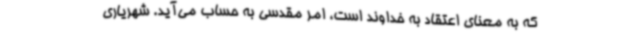
که به معنای اعتقاد به خداوند است، امر مقدسی به حساب می‌آید. شهریاری